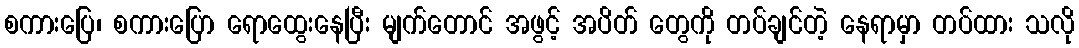
စကားပြေ၊ စကားပြော ရောထွေးနေပြီး မျက်တောင် အဖွင့် အပိတ် တွေကို တပ်ချင်တဲ့ နေရာမှာ တပ်ထား သလို